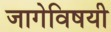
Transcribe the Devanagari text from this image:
जागेविषयी